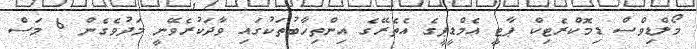
މޯލްޑިވްސް ޑިމޮކްރެޓިކް ޕާޓީ އެމްޑީޕީގެ އެތެރޭގެ އިންތިހާބުތަކުގައި ވާދަކުރެވޭނީ މަދުވެގެން 6 މަސް